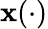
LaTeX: \mathbf{x}(\cdot)